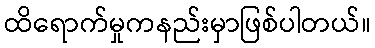
ထိရောက်မှုကနည်းမှာဖြစ်ပါတယ်။